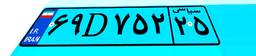
۶۹D۷۵۲۲۵